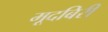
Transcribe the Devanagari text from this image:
मूदबिरी